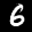
Label: 6